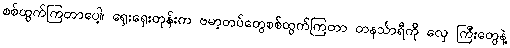
စစ်ထွက်ကြတာပေါ့၊ ရှေးရှေးတုန်းက ဗမာ့တပ်တွေစစ်ထွက်ကြတာ တနင်္သာရီကို လှေ ကြီးတွေနဲ့